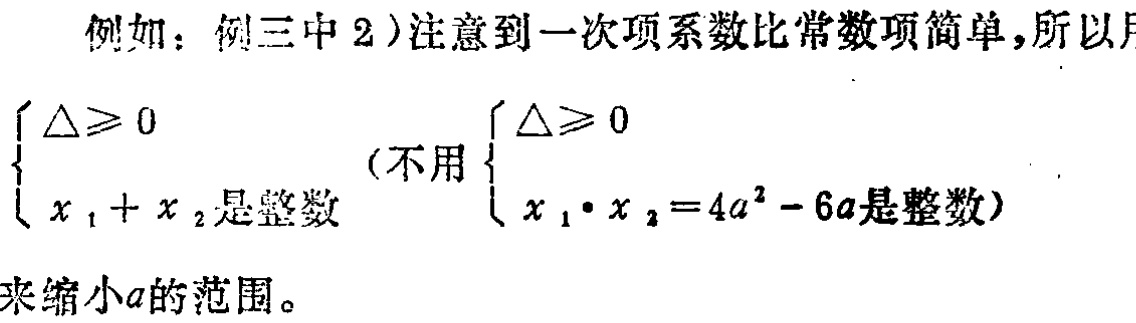
例如：例三中2)注意到一次项系数比常数项简单,所以用
\(\begin{cases}
\Delta\geqslant 0 \\
x_1 + x_2\text{是整数}
\end{cases}\)
(不用\(\begin{cases}
\Delta\geqslant 0 \\
x_1\cdot x_2 = 4a^2 - 6a\text{是整数}
\end{cases}\))
来缩小\(a\)的范围。